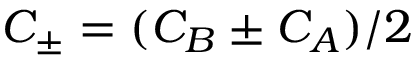
C _ { \pm } = ( C _ { B } \pm C _ { A } ) / 2